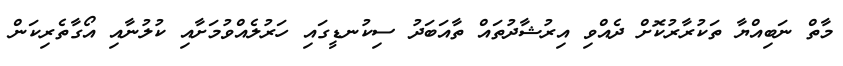
މާތް ނަބިއްޔާ ތަކުރާރުކޮށް ދެއްވި އިރުޝާދުތައް ތާއަބަދު ސިކުނޑީގައި ހަރުލެއްވުމަށާއި ކުލުނާއި އޯގާތެރިކަން